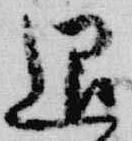
退